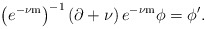
\begin{align*}\left(e^{-\nu\mathrm{m}}\right)^{-1}\left(\partial+\nu\right)e^{-\nu\mathrm{m}}\phi=\phi'.\end{align*}